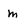
Character: m